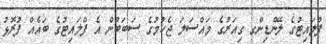
ފްލައިޓުގެ ލޭންޑިންގ ގިއަރުގެ މައްސަލަ ޖެހުމުގެ ސަބަބުން އެ ފްލައިޓުގެ ބައެއް ފުރޮޅު